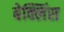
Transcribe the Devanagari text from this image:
बेक्लिंस